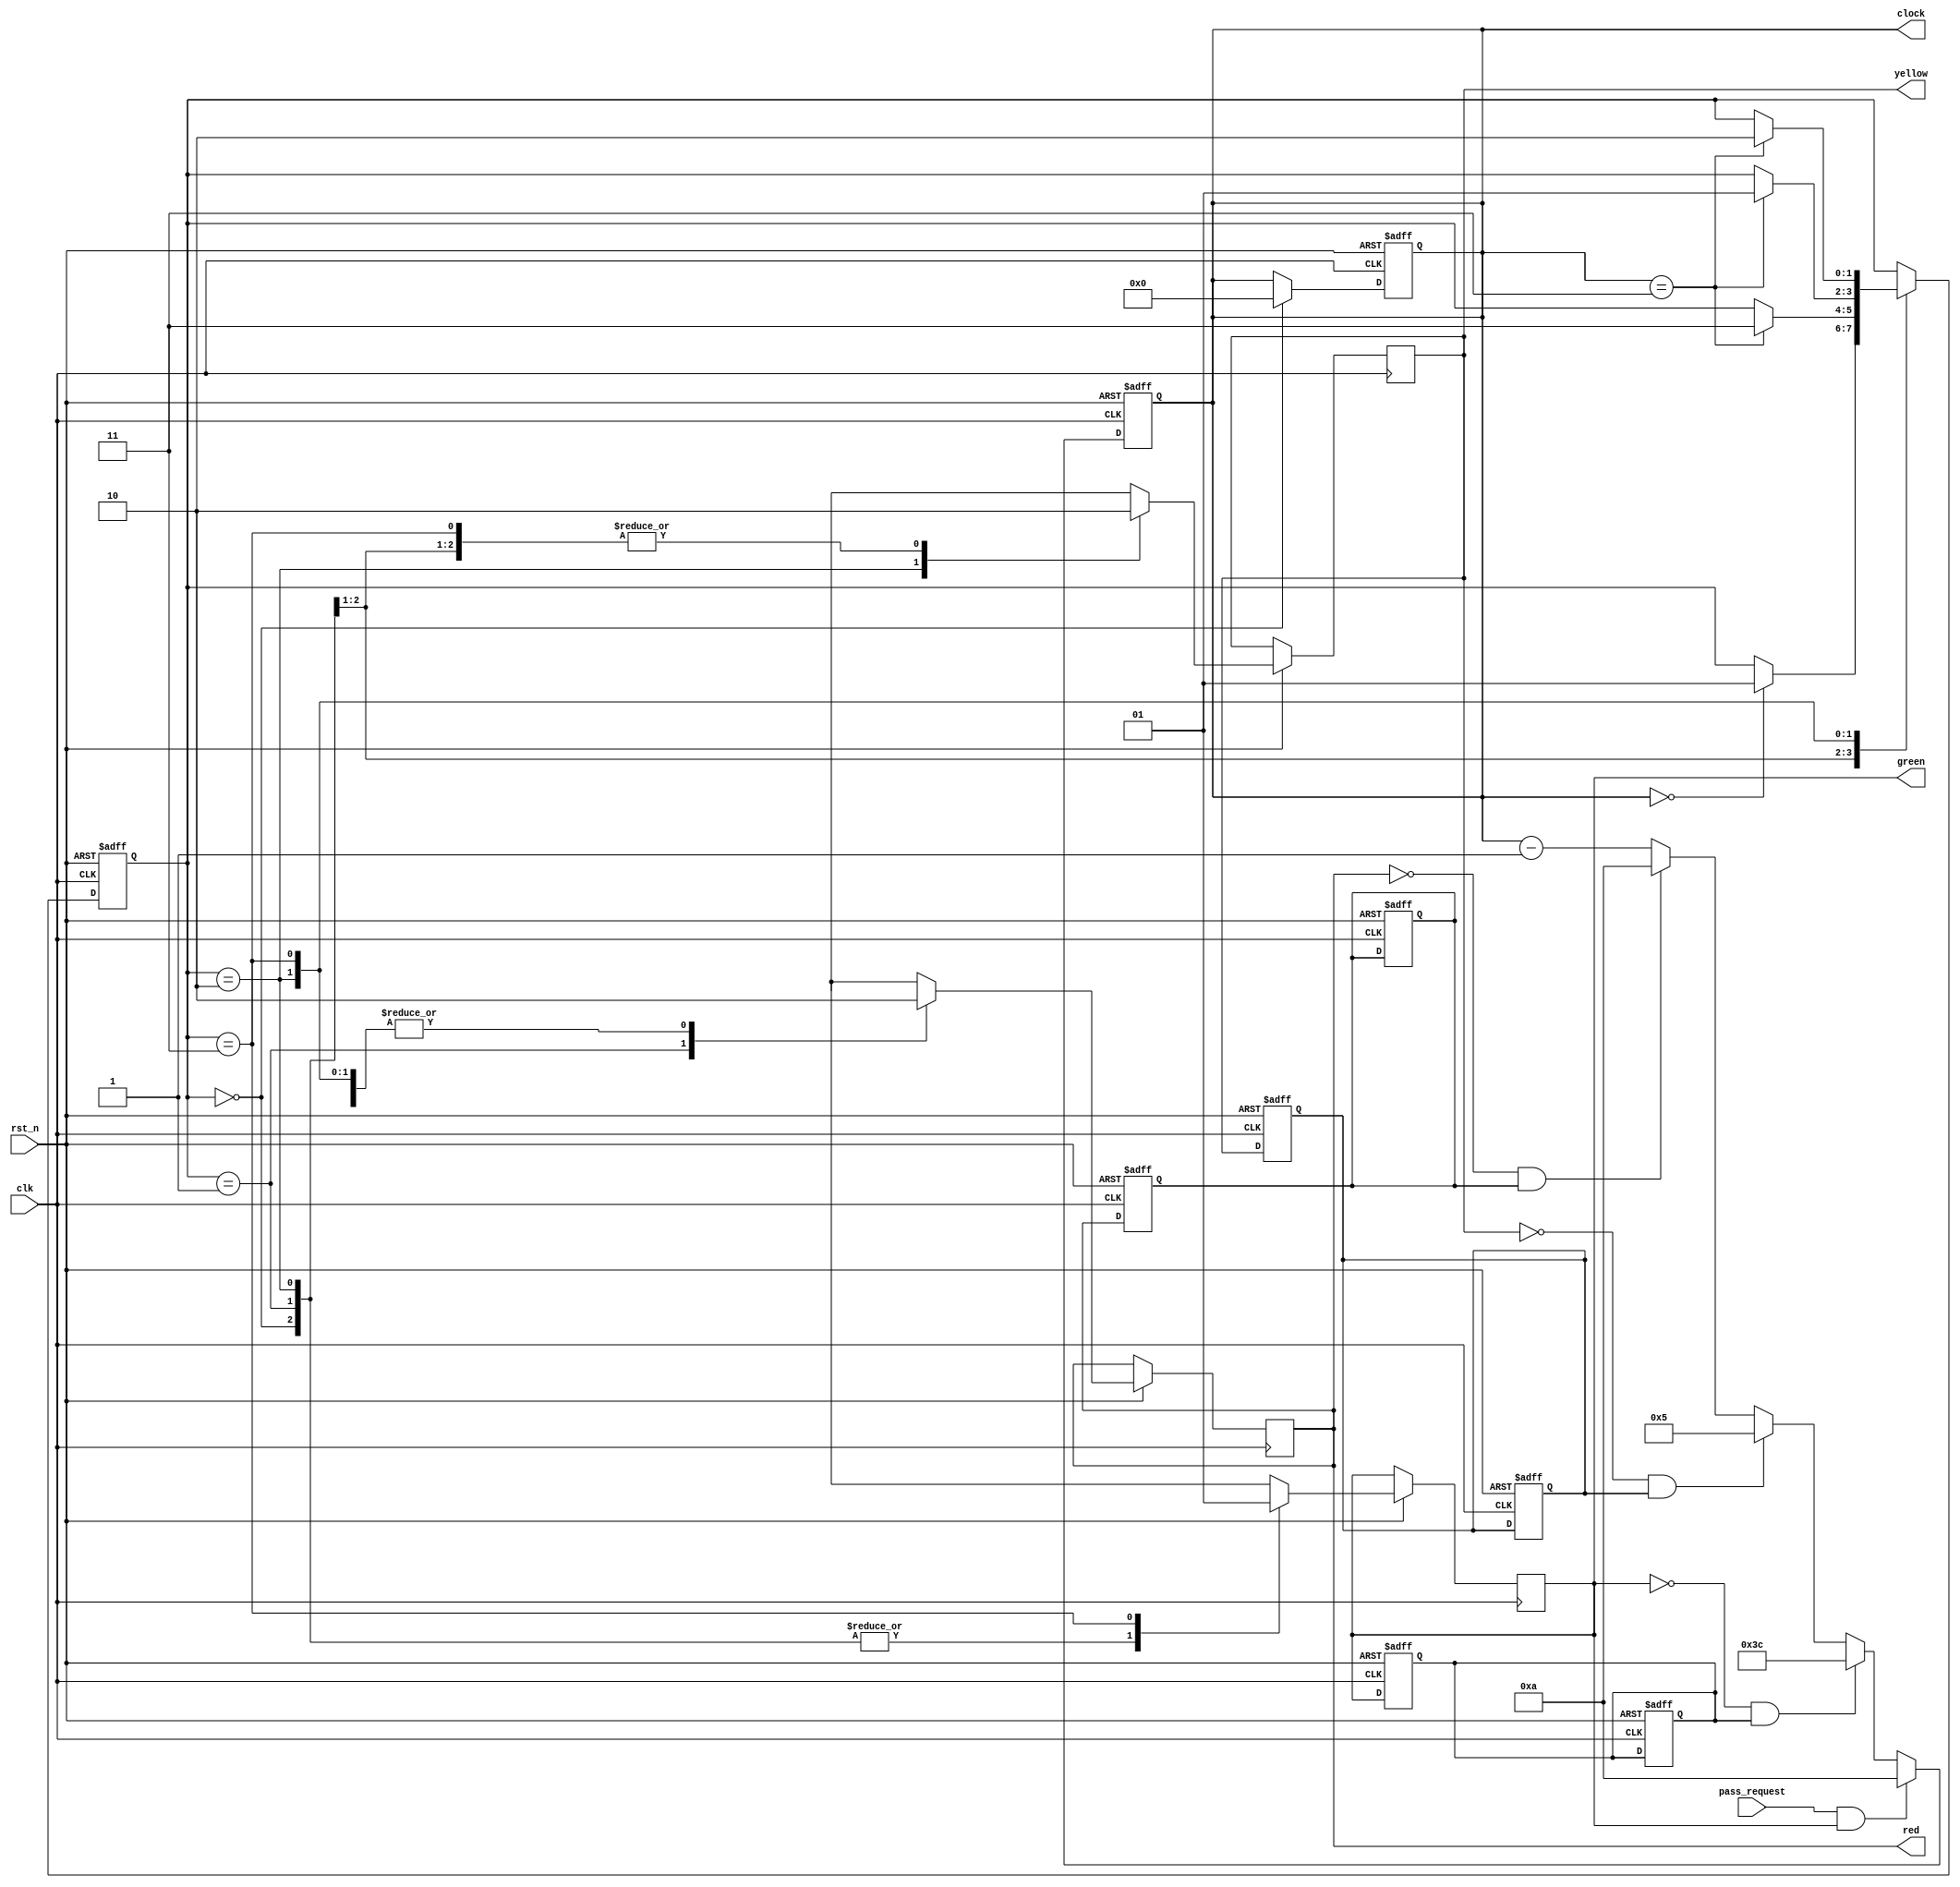
module traffic_light (
  input wire rst_n,
  input wire clk,
  input wire pass_request,
  output reg [7:0] clock,
  output reg red,
  output reg yellow,
  output reg green
);
  parameter idle = 2'b00;
  parameter s1_red = 2'b01;
  parameter s2_yellow = 2'b10;
  parameter s3_green = 2'b11;
  
  reg [7:0] cnt;
  reg [1:0] state;
  reg p_red, p_yellow, p_green;
  
  always @(posedge clk or negedge rst_n) begin
    if (~rst_n) begin
      cnt <= 8'd10;
      state <= idle;
      p_red <= 1'b0;
      p_yellow <= 1'b0;
      p_green <= 1'b0;
    end
    else begin
      case (state)
        idle: begin
          red <= 1'b0;
          yellow <= 1'b0;
          green <= 1'b0;
          cnt <= 8'd0;
          if (cnt == 8'd0)
            state <= s1_red;
        end
        
        s1_red: begin
          red <= 1'b1;
          yellow <= 1'b0;
          green <= 1'b0;
          if (cnt == 8'd3)
            state <= s3_green;
        end
        
        s2_yellow: begin
          red <= 1'b0;
          yellow <= 1'b1;
          green <= 1'b0;
          if (cnt == 8'd3)
            state <= s1_red;
        end
        
        s3_green: begin
          red <= 1'b0;
          yellow <= 1'b0;
          green <= 1'b1;
          if (cnt == 8'd3)
            state <= s2_yellow;
        end
      endcase
    end
  end
  
  always @(posedge clk or negedge rst_n) begin
    if (~rst_n)
      cnt <= 8'd10;
    else if (pass_request && green)
      cnt <= 8'd10;
    else if (!green && p_green)
      cnt <= 8'd60;
    else if (!yellow && p_yellow)
      cnt <= 8'd5;
    else if (!red && p_red)
      cnt <= 8'd10;
    else
      cnt <= cnt - 1;
  end
  
  assign clock = cnt;
  
  always @(posedge clk or negedge rst_n) begin
    if (~rst_n) begin
      p_red <= 1'b0;
      p_yellow <= 1'b0;
      p_green <= 1'b0;
    end
    else begin
      p_red <= red;
      p_yellow <= yellow;
      p_green <= green;
    end
  end
  
endmodule